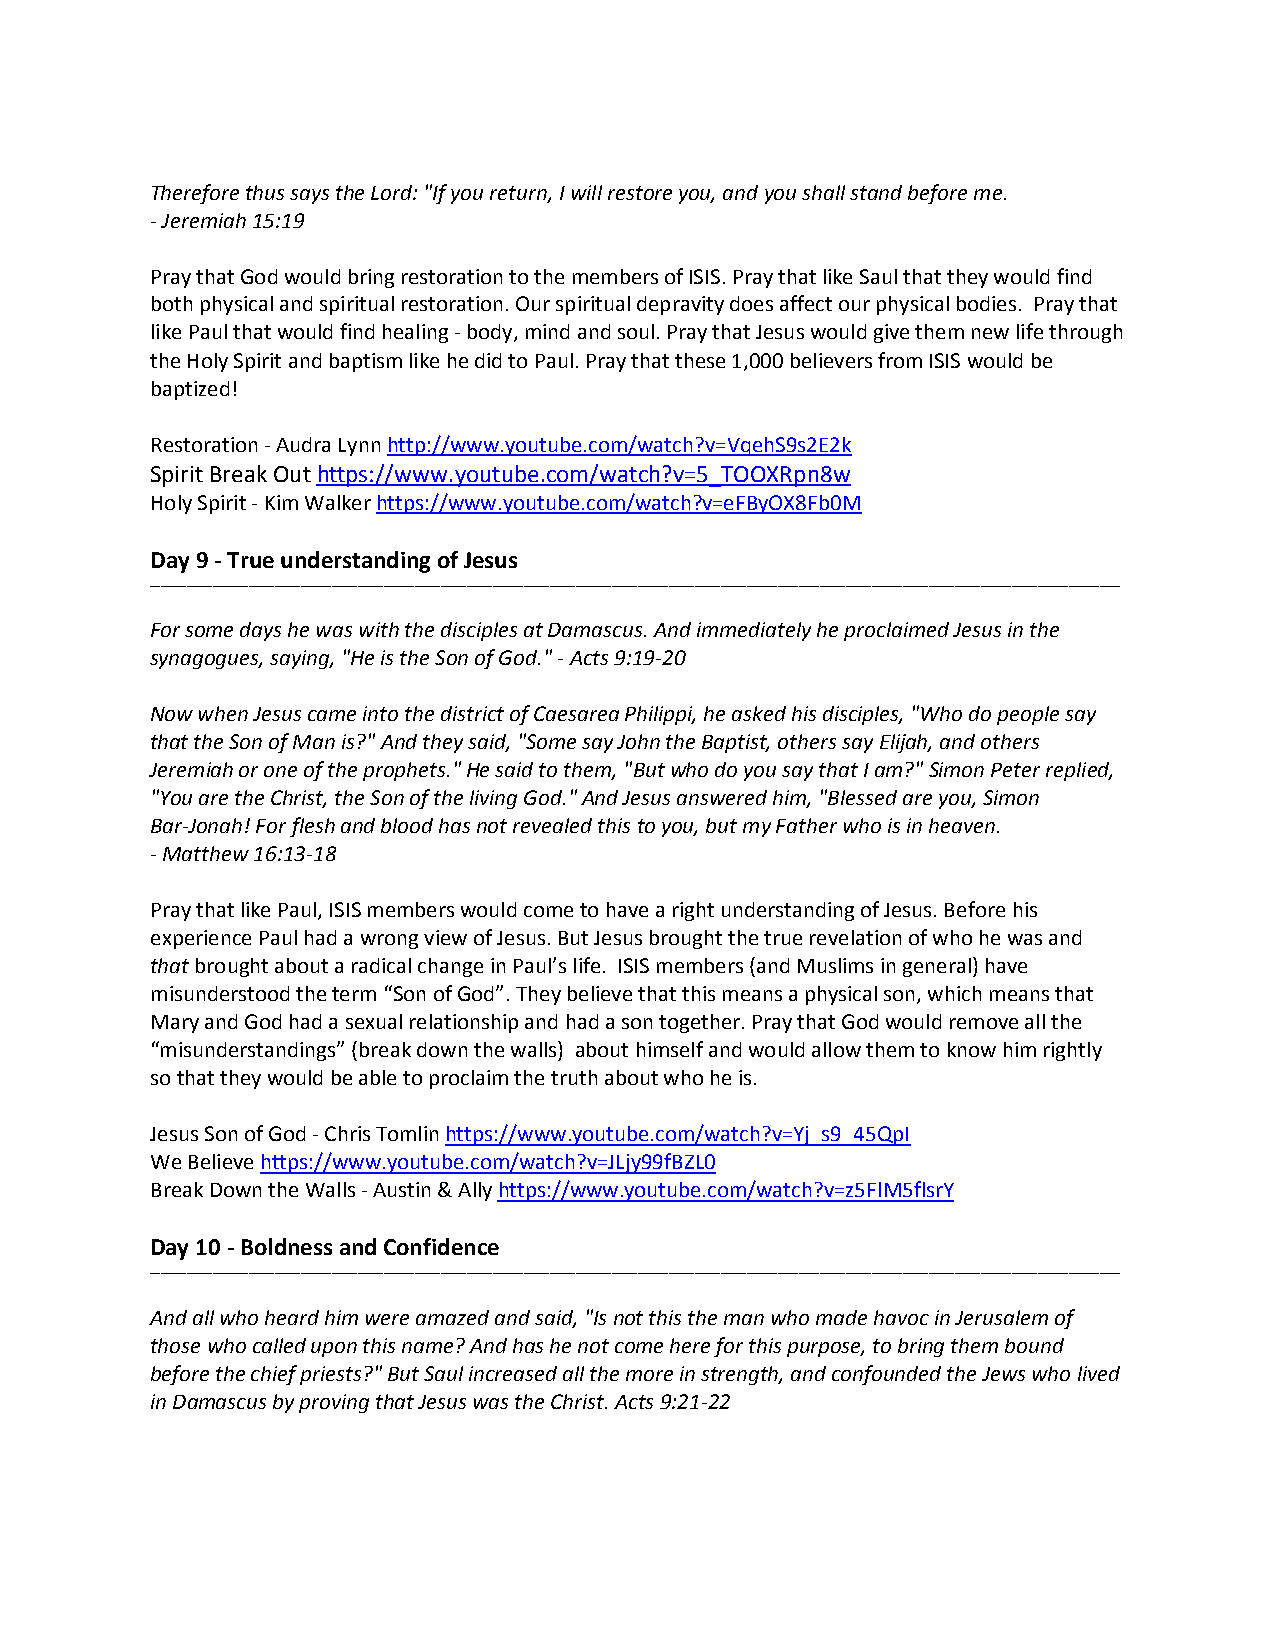
Therefore thus says the Lord: "If you return, I will restore you, and you shall stand before me.
 - Jeremiah 15:19
 Pray that God would bring restoration to the members of ISIS. Pray that like Saul that they would find
 both physical and spiritual restoration. Our spiritual depravity does affect our physical bodies. Pray that
 like Paul that would find healing - body, mind and soul. Pray that Jesus would give them new life through
 the Holy Spirit and baptism like he did to Paul. Pray that these 1,000 believers from ISIS would be
 baptized!
 Restoration - Audra Lynn http://www.youtube.com/watch?v=VqehS9s2E2k
 Spirit Break Out https://www.youtube.com/watch?v=5_TOOXRpn8w
 Holy Spirit - Kim Walker https://www.youtube.com/watch?v=eFByOX8Fb0M
 Day 9 - True understanding of Jesus
 ___________________________________________________________________________________________________________________________________________________________________________________________
 For some days he was with the disciples at Damascus. And immediately he proclaimed Jesus in the
 synagogues, saying, "He is the Son of God." - Acts 9:19-20
 Now when Jesus came into the district of Caesarea Philippi, he asked his disciples, "Who do people say
 that the Son of Man is?" And they said, "Some say John the Baptist, others say Elijah, and others
 Jeremiah or one of the prophets." He said to them, "But who do you say that I am?" Simon Peter replied,
 "You are the Christ, the Son of the living God." And Jesus answered him, "Blessed are you, Simon
 Bar-Jonah! For flesh and blood has not revealed this to you, but my Father who is in heaven.
 - Matthew 16:13-18
 Pray that like Paul, ISIS members would come to have a right understanding of Jesus. Before his
 experience Paul had a wrong view of Jesus. But Jesus brought the true revelation of who he was and
 that brought about a radical change in Paul’s life. ISIS members (and Muslims in general) have
 misunderstood the term “Son of God”. They believe that this means a physical son, which means that
 Mary and God had a sexual relationship and had a son together. Pray that God would remove all the
 “misunderstandings” (break down the walls) about himself and would allow them to know him rightly
 so that they would be able to proclaim the truth about who he is.
 Jesus Son of God - Chris Tomlin https://www.youtube.com/watch?v=Yj_s9_45QpI
 We Believe https://www.youtube.com/watch?v=JLjy99fBZL0
 Break Down the Walls - Austin & Ally https://www.youtube.com/watch?v=z5FlM5flsrY
 Day 10 - Boldness and Confidence
 ___________________________________________________________________________________________________________________________________________________________________________________________
 And all who heard him were amazed and said, "Is not this the man who made havoc in Jerusalem of
 those who called upon this name? And has he not come here for this purpose, to bring them bound
 before the chief priests?" But Saul increased all the more in strength, and confounded the Jews who lived
 in Damascus by proving that Jesus was the Christ. Acts 9:21-22